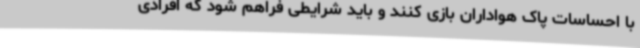
با احساسات پاک هواداران بازی کنند و باید شرایطی فراهم شود که افرادی